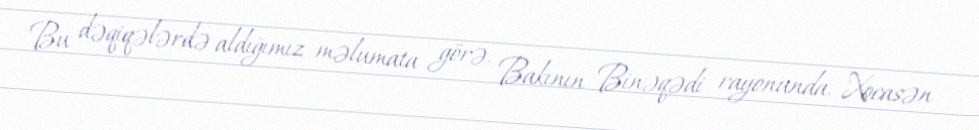
Bu dəqiqələrdə aldığımız məlumata görə, Bakının Binəqədi rayonunda, Xocasən